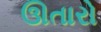
ઊતારો